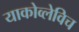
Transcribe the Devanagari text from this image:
याकोव्लेविच